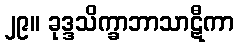
၂၉။ ခုဒ္ဒသိက္ခာဘာသာဋီကာ